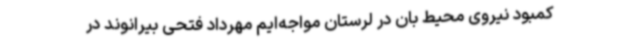
کمبود نیروی محیط بان در لرستان مواجه‌ایم مهرداد فتحی بیرانوند در